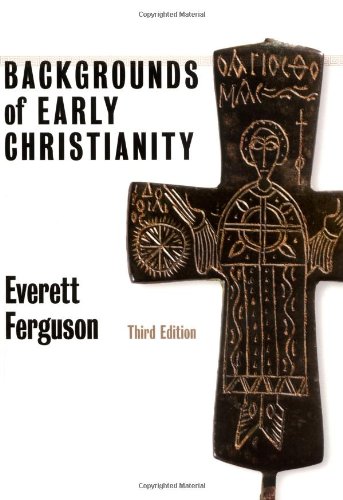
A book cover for Backgrounds of Early Christianity; Everett Ferguson; History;